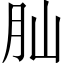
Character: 𦘹